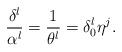
LaTeX: \begin{align*}\frac{\delta^l}{\alpha^l} = \frac{1}{\theta^l} = \delta_0^l \eta^j.\end{align*}